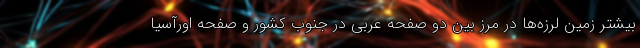
بیشتر زمین لرزه‌ها در مرز بین دو صفحه عربی در جنوب کشور و صفحه اورآسیا